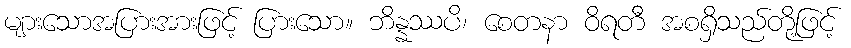
များသောအပြားအားဖြင့် ပြားသော။ ဘိန္နဿပိ၊ စေတနာ ဝိရတီ အစရှိသည်တို့ဖြင့်